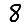
Digit: 8